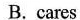
B. cares